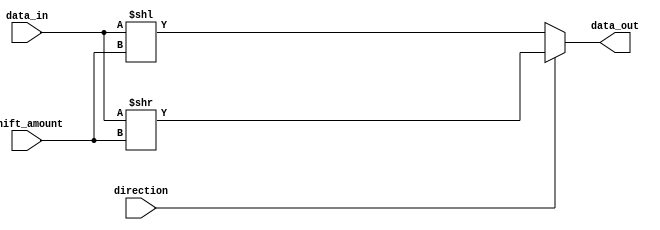
module barrel_shifter (
    input signed [31:0] data_in,
    input [4:0] shift_amount,
    input direction,
    output reg signed [31:0] data_out
);

always @(*) begin
    if (direction == 1'b0) begin // shift left
        data_out = data_in << shift_amount;
    end else begin // shift right
        data_out = data_in >> shift_amount;
    end
end

endmodule